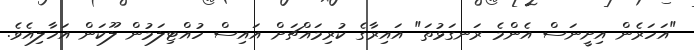
"އަހަރެން އިށީނަސް އެންމެ ރަނގަޅުތަ" އައިރާގެ ކުރިމައްޗަށް އައިސް ހުއްޓިލަމުން ލޫކަން އަހާލިއެވެ.